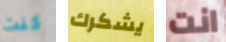
كنت يشكرك انت